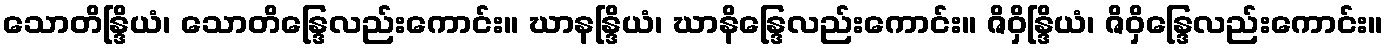
သောတိန္ဒြိယံ၊ သောတိန္ဒြေလည်းကောင်း။ ဃာနန္ဒြိယံ၊ ဃာနိန္ဒြေလည်းကောင်း။ ဇိဝှိန္ဒြိယံ၊ ဇိဝှိန္ဒြေလည်းကောင်း။